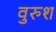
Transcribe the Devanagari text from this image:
वुरुश